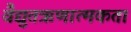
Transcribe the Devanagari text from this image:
वैद्युतऋणात्मकता